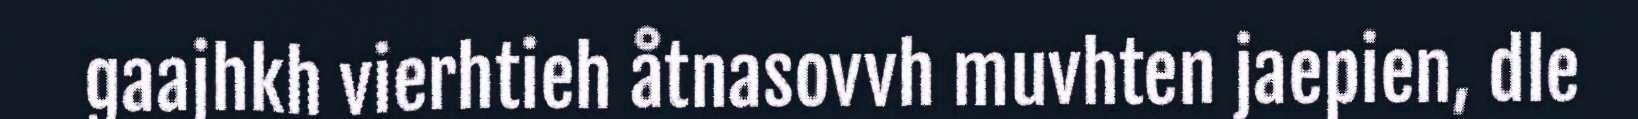
gaajhkh vierhtieh åtnasovvh muvhten jaepien, dle